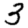
Digit: 3